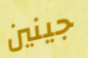
جينين